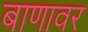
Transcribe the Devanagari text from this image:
बाणावर